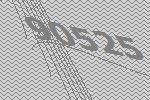
90525